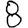
Digit: 8